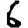
Digit: 6